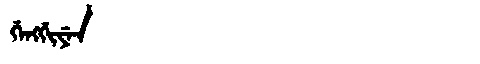
Manchu: ᡤᡝᠩᡤᡳᠶᡝᠨ
Romanization: GENGGIYEN